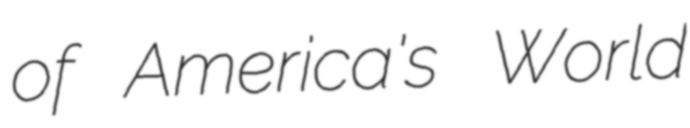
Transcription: of America's World